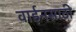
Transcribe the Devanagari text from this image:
वाईनसाठी